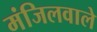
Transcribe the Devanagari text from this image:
मंजिलवाले